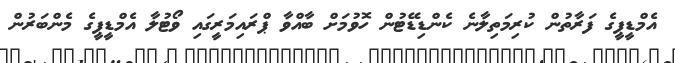
އެމްޑީޕީގެ ފަރާތުން ކުރިމަތިލާނެ ކެންޑިޑޭޓުން ހޮވުމަށް ބާއްވާ ޕްރައިމަރީގައި ވޯޓުލާ އެމްޑީޕީގެ މެންބަރުން